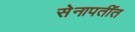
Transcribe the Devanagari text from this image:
सेनापतींत